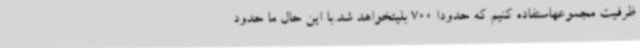
ظرفیت مجموعهاستفاده کنیم که حدودا 700 بلیتخواهد شد.با این حال ما حدود